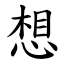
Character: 想